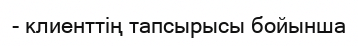
- клиенттің тапсырысы бойынша